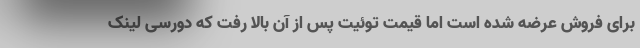
برای فروش عرضه شده است اما قیمت توئیت پس از آن بالا رفت که دورسی لینک